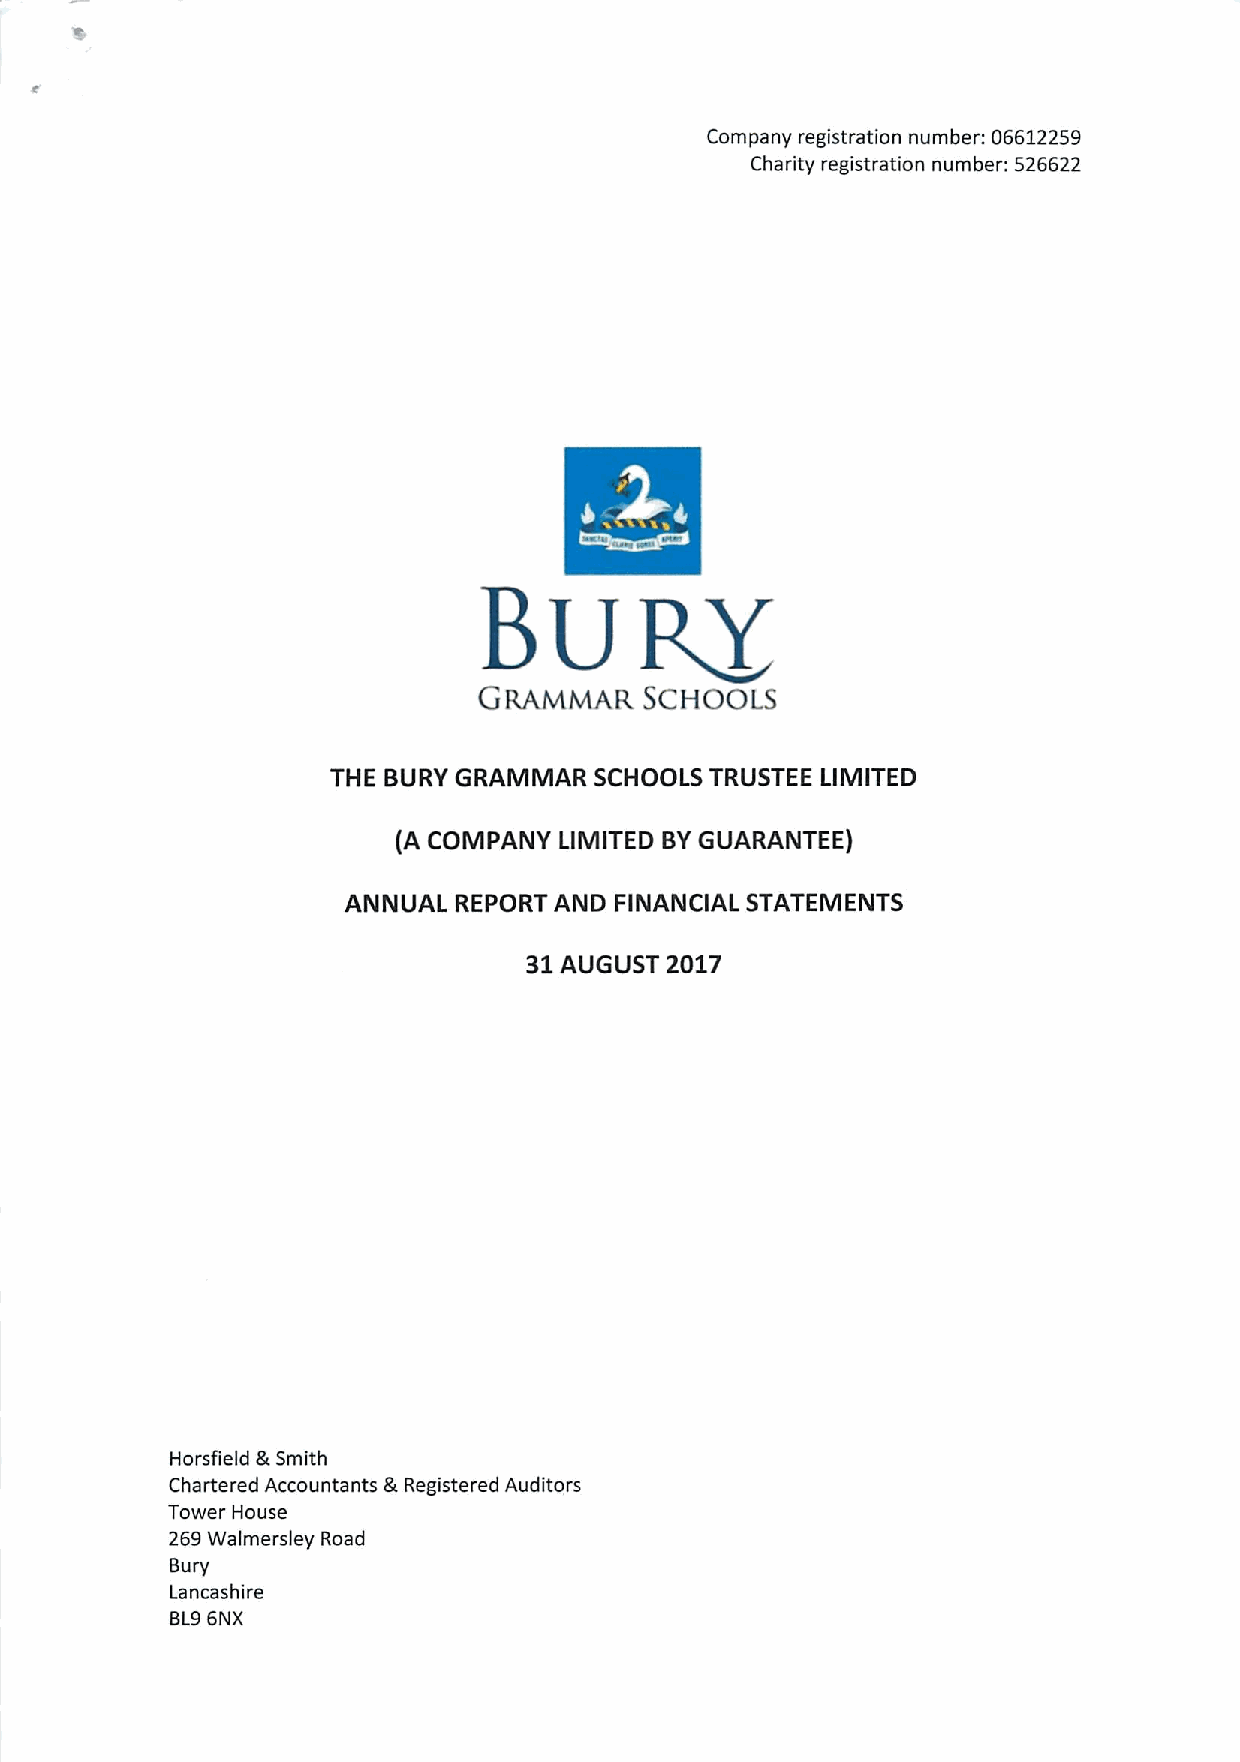
Company registration number: 06612259
 Charity registration number: 526622
 Buvx
 GRAMMAR    ScHQQLs
 THE BURY GRAMMAR SCHOOLS TRUSTEE LIMITED
 (A COMPANY LIMITED BYGUARANTEE)
 ANNUAL REPORT AND FINANCIAL STATEMENTS
 31AUGUST 2017
 Horsfield &Smith
 Chartered Accountants &Registered Auditors
 Tower House
 269Walmersley Road
 Bury
 Lancashire
 BL96NX